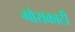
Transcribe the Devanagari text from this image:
गोराकाटी